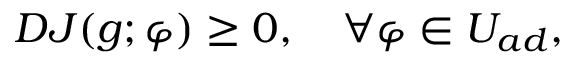
\begin{array} { r } { D J ( g ; \varphi ) \geq 0 , \quad \forall \varphi \in U _ { a d } , } \end{array}